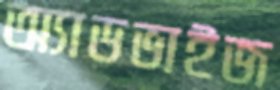
অ্যাডভাইজ